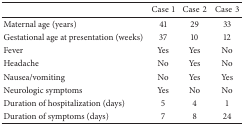
|  | Case1 | Case2 | Case3 |
 | --- | --- | --- | --- |
 | Maternal age (years) | 41 | 29 | 33 |
 | Gestational age at presentation (weeks) | 37 | 10 | 12 |
 | Fever | Yes | Yes | No |
 | Headache | No | Yes | No |
 | Nausea/vomiting | No | Yes | Yes |
 | Neurologic symptoms | Yes | No | No |
 | Duration of hospitalization (days) | 5 | 4 | 1 |
 | Duration of symptoms (days) | 7 | 8 | 24 |